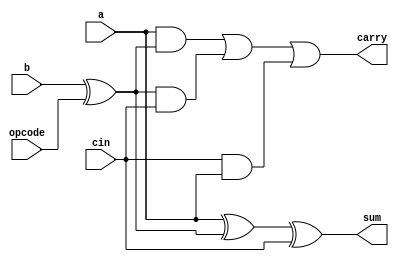
module one_bit_add_sub(a,b,cin,opcode,sum,carry);

    input a,b,cin,opcode;
    output wire sum,carry;

    wire temp;
    assign temp=b^opcode;
    
    assign sum=(a^temp^cin);
    assign carry=((a&temp)|(temp&cin)|(cin&a));
    
endmodule